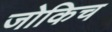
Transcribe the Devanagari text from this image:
जोकिच